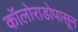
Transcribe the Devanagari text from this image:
कॉलोराडोपासून